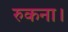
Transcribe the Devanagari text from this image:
रुकना।